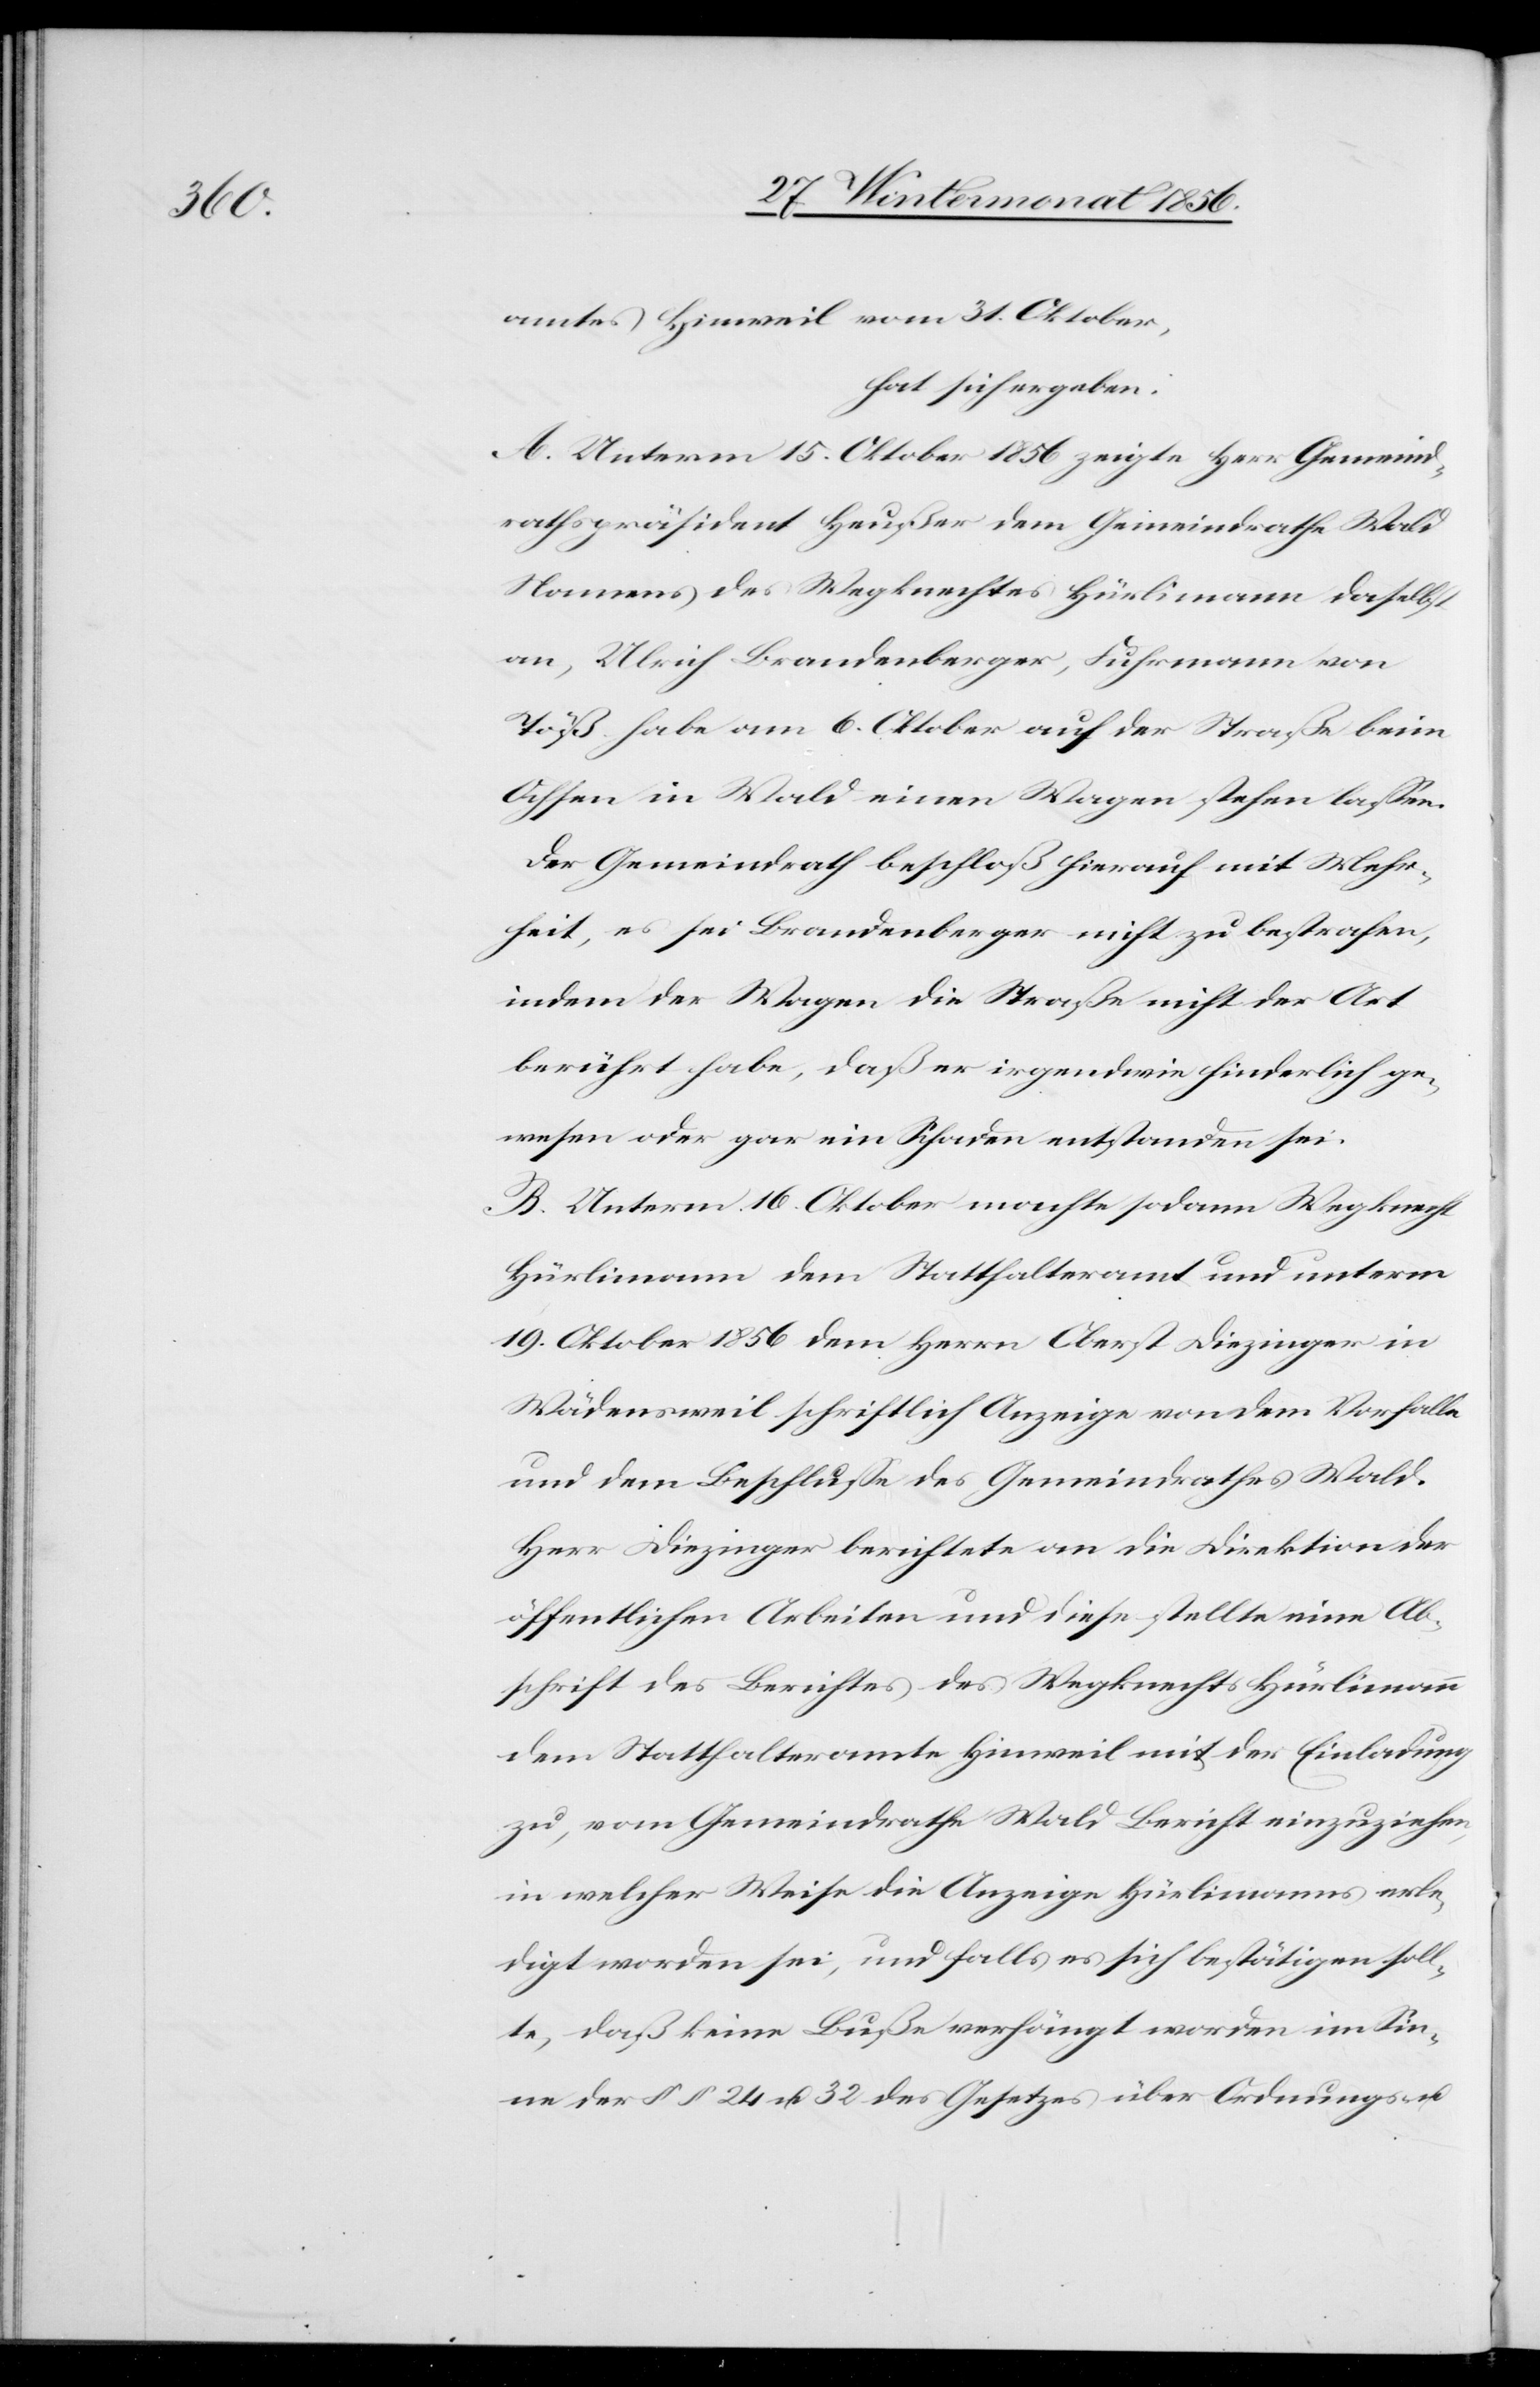
amtes Hinweil vom 31. Oktober,
hat sich ergeben:
A. Unterm 15. Oktober 1856 zeigte Herr Gemeind¬
rathspräsident Heußer dem Gemeindrathe Wald
Namens des Wegknechtes Hürlimann daselbst
an, Ulrich Brandenberger, Fuhrmann von
Töß habe am 6. Oktober auf der Straße beim
Ochsen in Wald einen Wagen stehen lassen.
Der Gemeindrath beschloß hierauf mit Mehr¬
heit, es sei Brandenberger nicht zu bestrafen,
indem der Wagen die Straße nicht der Art
berührt habe, daß er irgendwie hinderlich ge¬
wesen oder gar ein Schaden entstanden sei.
B. Unterm 16. Oktober machte sodann Wegknecht
Hürlimann dem Statthalteramt und unterm
19. Oktober 1856 dem Herrn Oberst Diezinger in
Wädensweil schriftlich Anzeige von dem Vorfalle
und dem Beschlusse des Gemeindrathes Wald.
Herr Diezinger berichtete an die Direktion der
öffentlichen Arbeiten und diese stellte eine Ab¬
schrift des Berichtes des Wegknechts Hürlimann
dem Statthalteramte Hinweil mit der Einladung
zu, vom Gemeindrathe Wald Bericht einzuziehen,
in welcher Weise die Anzeige Hürlimanns erle¬
digt worden sei, und falls es sich bestätigen soll¬
te, daß keine Buße verhängt worden im Sin¬
ne der §§ 24 u. 32 des Gesetzes über Ordnungs- u.